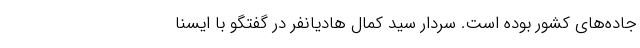
جاده‌های کشور بوده است. سردار سید کمال هادیانفر در گفتگو با ایسنا